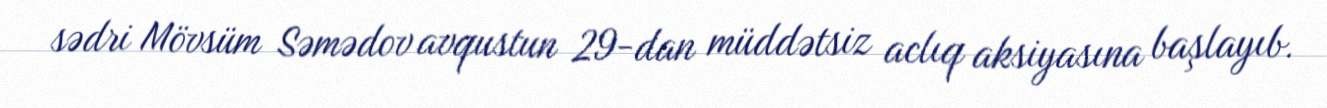
sədri Mövsüm Səmədov avqustun 29-dan müddətsiz aclıq aksiyasına başlayıb.